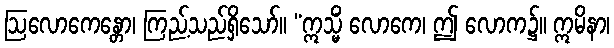
ဩလောကေန္တော၊ ကြည့်သည်ရှိသော်။ “ဣသ္မိံ လောကေ၊ ဤ လောက၌။ ဣမိနာ၊